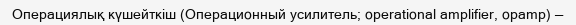
Операциялық күшейткіш (Операционный усилитель; operational amplifier, opamp) —